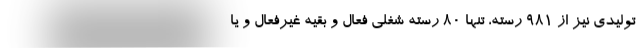
تولیدی نیز از ۹۸۱ رسته، تنها ۸۰ رسته شغلی فعال و بقیه غیرفعال و یا